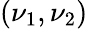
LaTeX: (\nu_{1},\nu_{2})